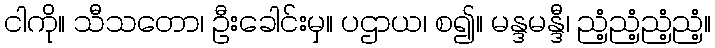
ငါကို။ သီသတော၊ ဦးခေါင်းမှ။ ပဌာယ၊ စ၍။ မန္ဒမန္ဒီ၊ ညံ့ညံ့ညံ့ညံ့။